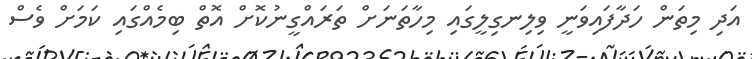
އަދި މިތަން ހަދާފައިވަނީ ވިލިނގިލީގައި މިހާތަނަށް ތަރައްގީނުކޮށް އޮތް ބިމެއްގައި ކަމަށް ވެސް